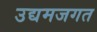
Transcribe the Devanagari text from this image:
उद्यमजगत